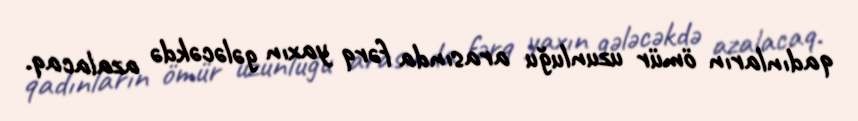
qadınların ömür uzunluğu arasında fərq yaxın gələcəkdə azalacaq.